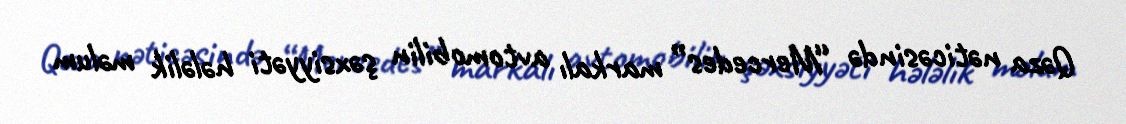
Qəza nəticəsində “Mercedes” markalı avtomobilin şəxsiyyəti hələlik məlum